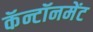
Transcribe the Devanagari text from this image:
कॅन्टॉनमेंट